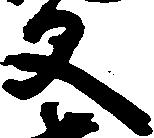
文